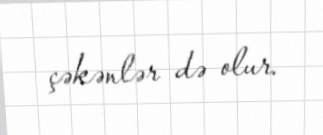
çəkənlər də olur.